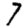
Digit: 7